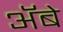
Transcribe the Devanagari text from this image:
ॲबे